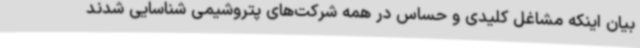
بیان اینکه مشاغل کلیدی و حساس در همه شرکت‌های پتروشیمی شناسایی شدند